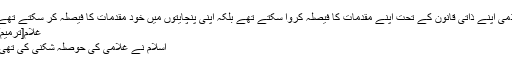
ذمی اپنے ذاتی قانون کے تحت اپنے مقدمات کا فیصلہ کروا سکتے تھے بلکہ اپنی پنچایتوں میں خود مقدمات کا فیصلہ کر سکتے تھے
غلام[ترمیم]
اسلام نے غلامی کی حوصلہ شکنی کی تھی۔